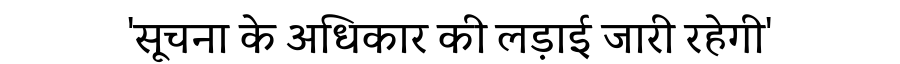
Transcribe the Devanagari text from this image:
'सूचना के अधिकार की लड़ाई जारी रहेगी'